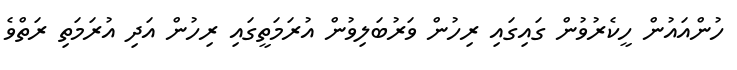
ހުންއައުން ހީކެރުވުން ގައިގައި ރިހުން ވަރުބަލިވުން އުރަމަތީގައި ރިހުން އަދި އުރަމަތި ރަތްވެ